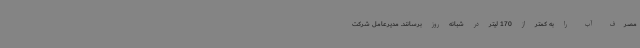
مصرف آب را به کمتر از 170 لیتر در شبانه روز برسانند. مدیرعامل شرکت